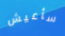
سأعيش